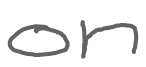
Text: on
Cross-out: clean
Writing tool: digital_gray